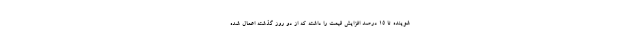
شوینده تا 15 درصد افزایش قیمت را داشته که از دو روز گذشته اعمال شده